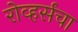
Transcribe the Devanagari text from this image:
रोव्हर्सचा